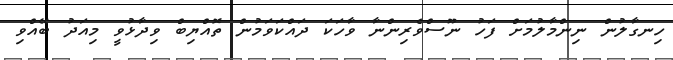
ހިނގާލުން ނިންމާލުމަށް ފަހު ނޫސްވެރިންނާ ވާހަކަ ދައްކަވަމުން ތޮއްޔިބް ވިދާޅުވީ މިއަދު ބޭއްވި